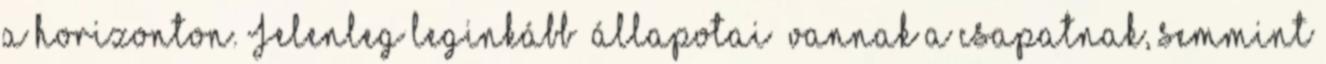
a horizonton. Jelenleg leginkább ‘állapotai’ vannak a csapatnak, semmint